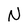
Character: N